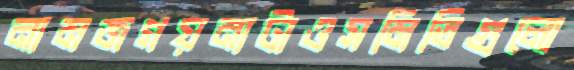
নামজগয়নাটাওসমিতিগুলো